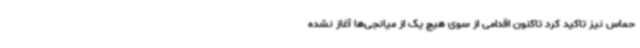
حماس نیز تاکید کرد تاکنون اقدامی از سوی هیچ یک از میانجی‌ها آغاز نشده